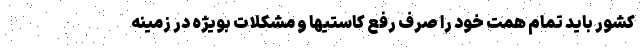
کشور باید تمام همت خود را صرف رفع کاستیها و مشکلات بویژه در زمینه